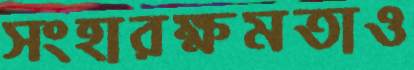
সংহারক্ষমতাও